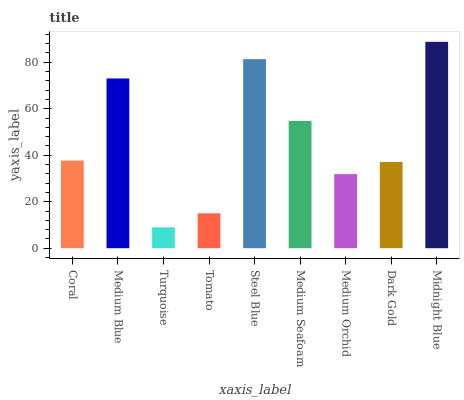
| xaxis_label | bars |
 | --- | --- |
 | Coral | 37.7 |
 | Medium Blue | 73 |
 | Turquoise | 8.97 |
 | Tomato | 15 |
 | Steel Blue | 81.3 |
 | Medium Seafoam | 54.8 |
 | Medium Orchid | 31.9 |
 | Dark Gold | 37.1 |
 | Midnight Blue | 88.8 |